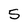
Character: 5